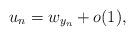
LaTeX: \begin{align*}u_n = w_{y_n}+o(1),\end{align*}